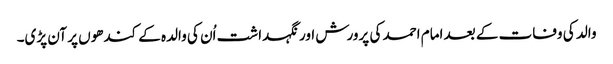
والد کی وفات کے بعد امام احمد کی پرورش اور نگہداشت اُن کی والدہ کے کندھوں پر آن پڑی۔